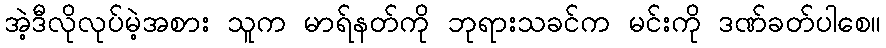
အဲ့ဒီလိုလုပ်မဲ့အစား သူက မာရ်နတ်ကို ဘုရားသခင်က မင်းကို ဒဏ်ခတ်ပါစေ။